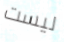
ليست